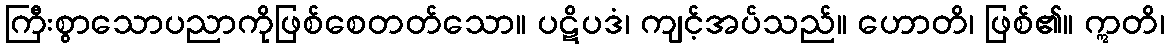
ကြီးစွာသောပညာကိုဖြစ်စေတတ်သော။ ပဋိပဒံ၊ ကျင့်အပ်သည်။ ဟောတိ၊ ဖြစ်၏။ ဣတိ၊